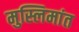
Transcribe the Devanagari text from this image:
मुस्लिमांत